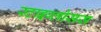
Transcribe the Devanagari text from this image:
स्टाइग्लोसस